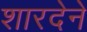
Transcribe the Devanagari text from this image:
शारदेने